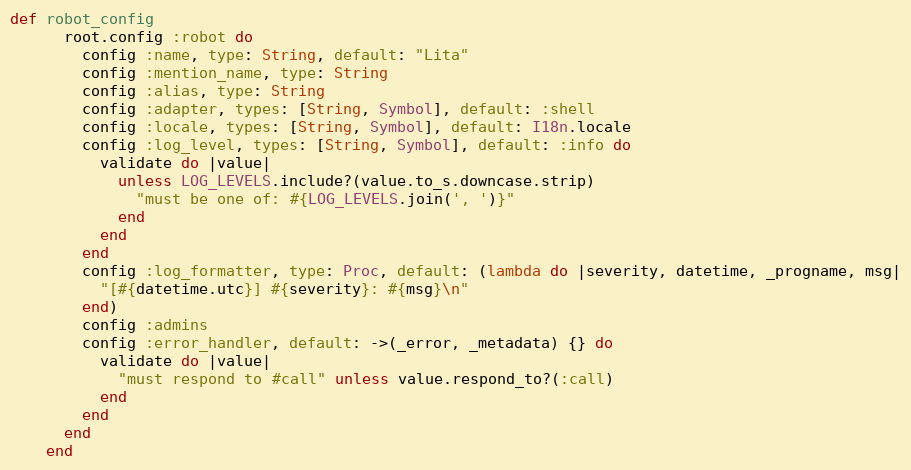
Language: Ruby
def robot_config
      root.config :robot do
        config :name, type: String, default: "Lita"
        config :mention_name, type: String
        config :alias, type: String
        config :adapter, types: [String, Symbol], default: :shell
        config :locale, types: [String, Symbol], default: I18n.locale
        config :log_level, types: [String, Symbol], default: :info do
          validate do |value|
            unless LOG_LEVELS.include?(value.to_s.downcase.strip)
              "must be one of: #{LOG_LEVELS.join(', ')}"
            end
          end
        end
        config :log_formatter, type: Proc, default: (lambda do |severity, datetime, _progname, msg|
          "[#{datetime.utc}] #{severity}: #{msg}\n"
        end)
        config :admins
        config :error_handler, default: ->(_error, _metadata) {} do
          validate do |value|
            "must respond to #call" unless value.respond_to?(:call)
          end
        end
      end
    end